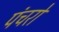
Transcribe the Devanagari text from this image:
पंचरों